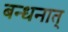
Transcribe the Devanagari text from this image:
बन्धनात्